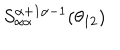
LaTeX: S _ { \alpha \alpha } ^ { \alpha + 1 \alpha - 1 } ( \theta _ { 1 2 } )